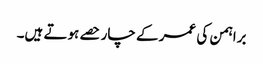
براہمن کی عمر کے چار حصے ہوتے ہیں۔